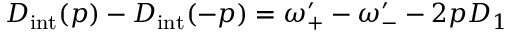
D _ { \mathrm { i n t } } ( p ) - D _ { \mathrm { i n t } } ( - p ) = \omega _ { + } ^ { \prime } - \omega _ { - } ^ { \prime } - 2 p D _ { 1 }